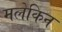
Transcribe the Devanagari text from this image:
मलेकिन